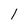
Character: I